Lunatic asylums Madras 1892-1911 - 1892-1911
Year: 1892
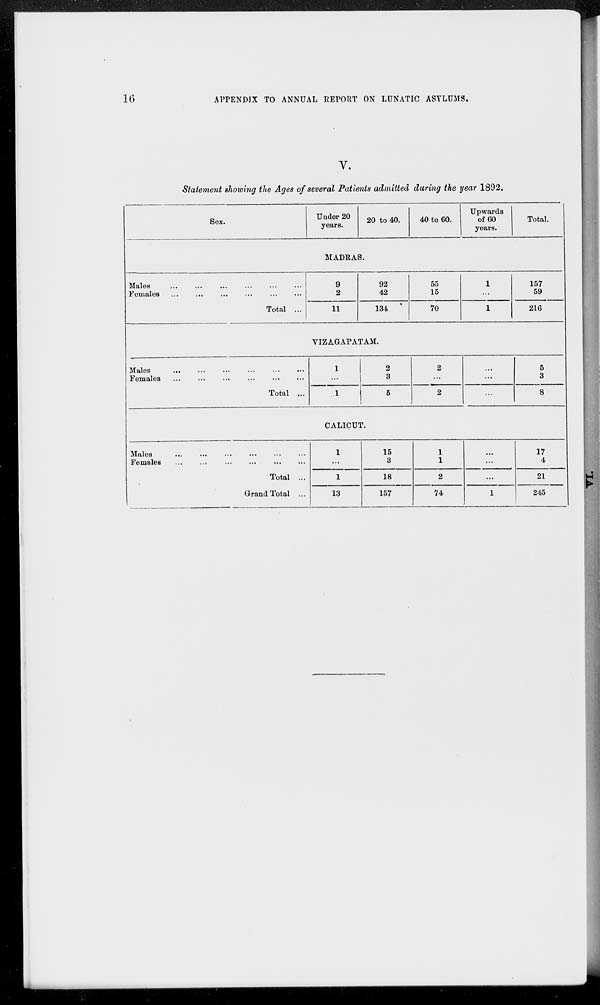
16
APPENDIX TO ANNUAL REPORT ON LUNATIC ASYLUMS.
V.
Statement showing the Ages of several Patients admitted during the year 1892.
Sex.
Under 20
years.
20 to 40.
40 to 60.
Upwards
of 60
years.
Total.
MADRAS.
Males ... ... ... ... ... ...
Females ... ... ... ... ... ...
Total ...
9
2
11
92
42
134
55
15
70
1
...
1
157
59
216
VIZAGAPATAM.
Males
...
...
...
...
...
...
Females
...
...
...
...
...
...
Total ...
1
...
1
2
3
5
2
...
2
...
...
...
5
3
8
CALICUT.
Males ... ... ... ... ... ...
Females ... ... ... ... ... ...
Total ...
Grand Total ...
1
...
1
13
15
3
18
157
1
1
2
74
...
...
...
1
17
4
21
245